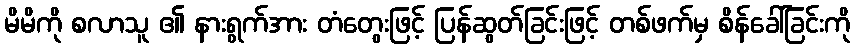
မိမိကို စလာသူ ၏ နားရွက်အား တံတွေးဖြင့် ပြန်ဆွတ်ခြင်းဖြင့် တစ်ဖက်မှ စိန်ခေါ်ခြင်းကို